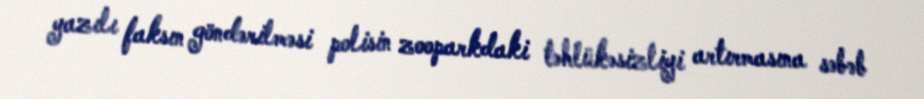
yazılı faksın göndərilməsi polisin zooparkdaki təhlükəsizliyi artırmasına səbəb